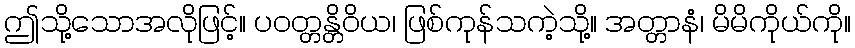
ဤသို့သောအလိုဖြင့်။ ပဝတ္တန္တိဝိယ၊ ဖြစ်ကုန်သကဲ့သို့။ အတ္တာနံ၊ မိမိကိုယ်ကို။